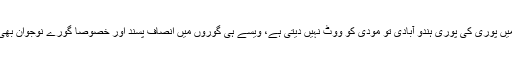
پھر خود جیسے ہندوستان میں پوری کی پوری ہندو آبادی تو مودی کو ووٹ نہیں دیتی ہے، ویسے ہی گوروں میں انصاف پسند اور خصوصاً گورے نوجوان بھی اب ٹرمپ کے خلاف ہیں۔